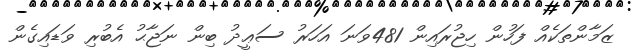
ޒަމާންތަކެއް ފަހުން ހިޖުރައިން 481ވަނަ އަހަރު ސަޢީދު ބިން ނަޖާޙު އެބުރި ވަޑައިގެން